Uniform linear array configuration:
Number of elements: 24
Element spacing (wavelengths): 0.75
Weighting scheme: cosine
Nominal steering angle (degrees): -30
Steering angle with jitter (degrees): -30.281
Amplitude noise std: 0.05
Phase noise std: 0.05

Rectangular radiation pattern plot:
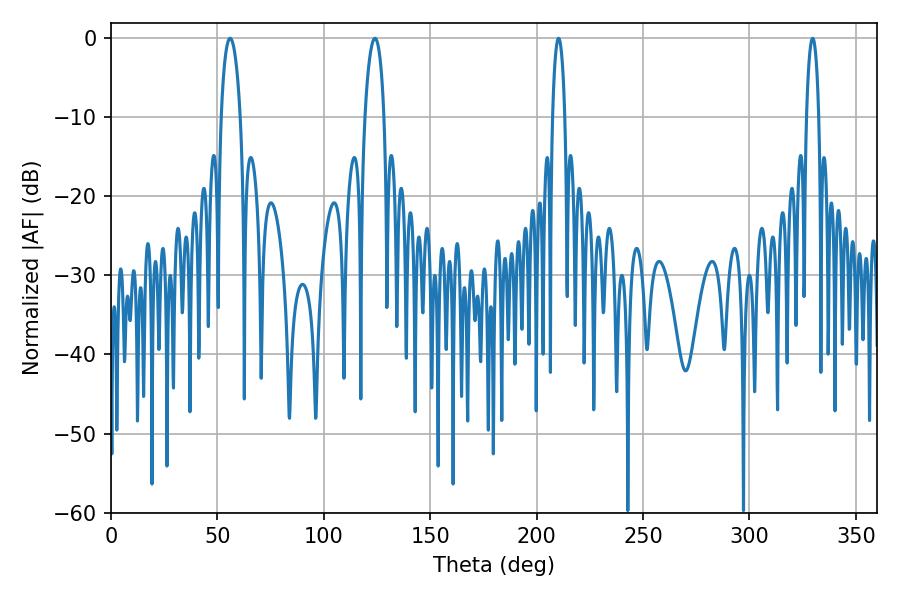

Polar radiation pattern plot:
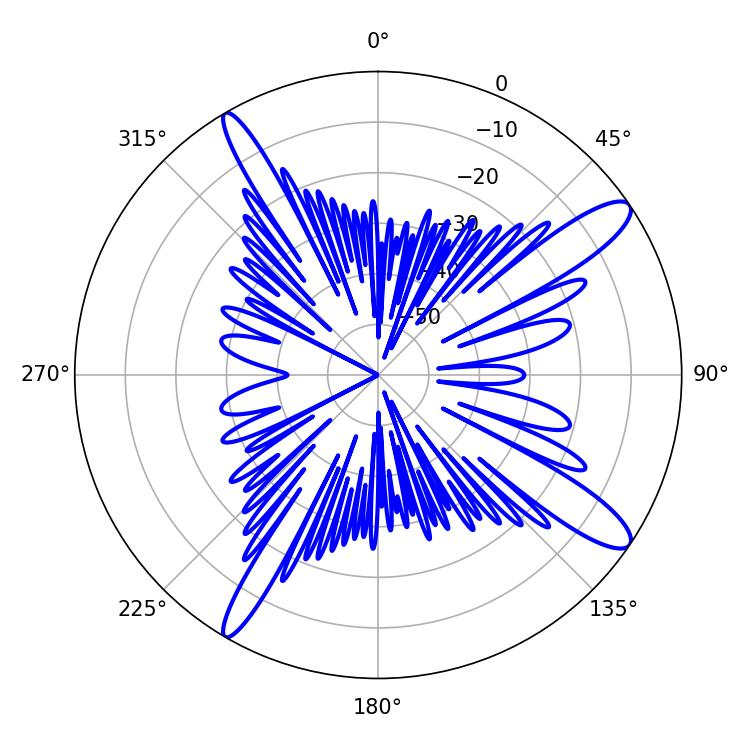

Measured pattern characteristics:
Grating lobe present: TRUE
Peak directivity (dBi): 13.035
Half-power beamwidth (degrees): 5.22
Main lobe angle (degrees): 55.98